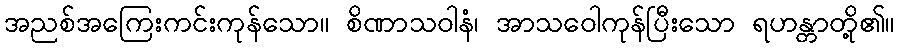
အညစ်အကြေးကင်းကုန်သော။ စိဏာသဝါနံ၊ အာသဝေါကုန်ပြီးသော ရဟန္တာတို့၏။